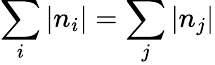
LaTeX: \sum_{i}\left|n_{i}\right|=\sum_{j}\left|n_{j}\right|